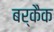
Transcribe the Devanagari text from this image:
बर्कैक